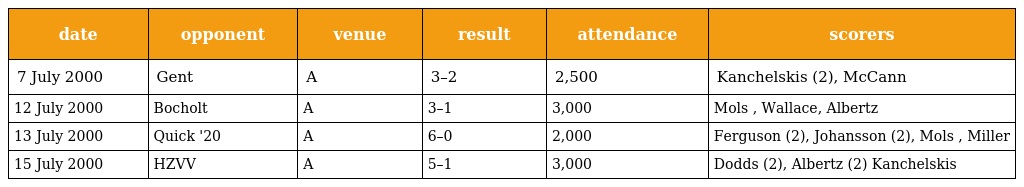
| date | opponent | venue | result | attendance | scorers |
 | --- | --- | --- | --- | --- | --- |
 | 7 July 2000 | Gent | A | 3–2 | 2,500 | Kanchelskis (2), McCann |
 | 12 July 2000 | Bocholt | A | 3–1 | 3,000 | Mols , Wallace, Albertz |
 | 13 July 2000 | Quick '20 | A | 6–0 | 2,000 | Ferguson (2), Johansson (2), Mols , Miller |
 | 15 July 2000 | HZVV | A | 5–1 | 3,000 | Dodds (2), Albertz (2) Kanchelskis |